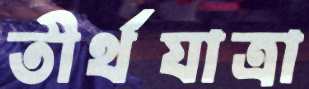
তীর্থযাত্রা